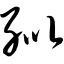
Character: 纰